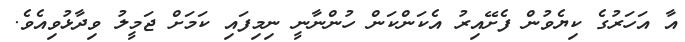
އާ އަހަރުގެ ކިޔެވުން ފެށޭއިރު އެކަންކަން ހުންނާނީ ނިމިފައި ކަމަށް ޖަމީލު ވިދާޅުވިއެވެ.